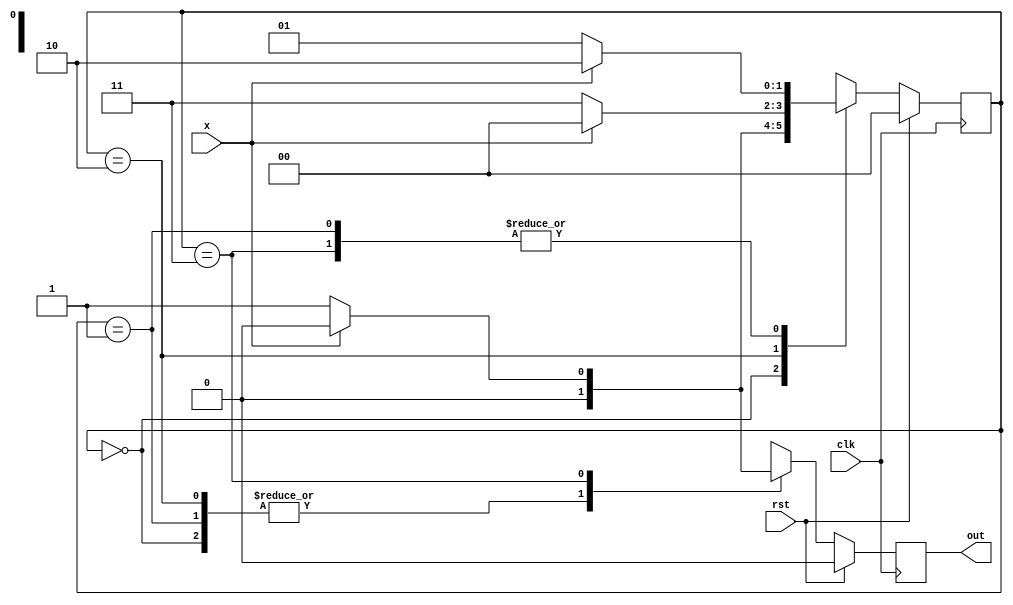
`timescale 1ns / 1ps
//////////////////////////////////////////////////////////////////////////////////
// Company: 
// Engineer: 
// 
// Design Name: 
// Module Name:    Melay_Seq_0100 
// Project Name: 
// Target Devices: 
// Tool versions: 
// Description: 
//
// Dependencies: 
//
// Revision: 
// Revision 0.01 - File Created
// Additional Comments: 
//
//////////////////////////////////////////////////////////////////////////////////
module Melay_Seq_0100(x,clk,rst,out);

input x,clk,rst;

output reg out;

reg [1:0]state;

parameter idle=2'b00;
parameter s0 = 2'b01;
parameter s01 = 2'b10;
parameter s010 =2'b11;

initial state =idle;

always@(posedge clk)
 begin
 if(rst)begin
	   state <= idle;
		out <=0;
		end
	else
	   begin
	case(state)
	  idle:begin
	     if(x)
		    begin
			    state <= idle;
				 out  <= 0;
			 end
		  else
          begin
			   state <= s0;
				out <=0;
          end
        end	
     s0:
	    begin
	     if(x)
		    begin
			    state <= s01;
				 out  <= 0;
			 end
		  else
          begin
			   state <= s0;
				out <=0;
          end
       end	
     s01:
	    begin
	     if(x)
		    begin
			    state <= idle;
				 out  <= 0;
			 end
		  else
          begin
			   state <= s010;
				out <=0;
          end
      end	
     s010:
		begin
	     if(x)
		    begin
			    state <= s01;
				 out  <= 0;
			 end
		  else
          begin
			   state <= s0;
				out <=1'b1;
          end
        end	
		endcase
     end		  
	end
endmodule